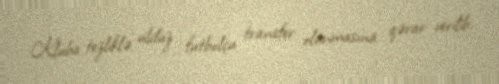
Kluba tezliklə ulduz futbolçu transfer olunmasına qərar verilib.